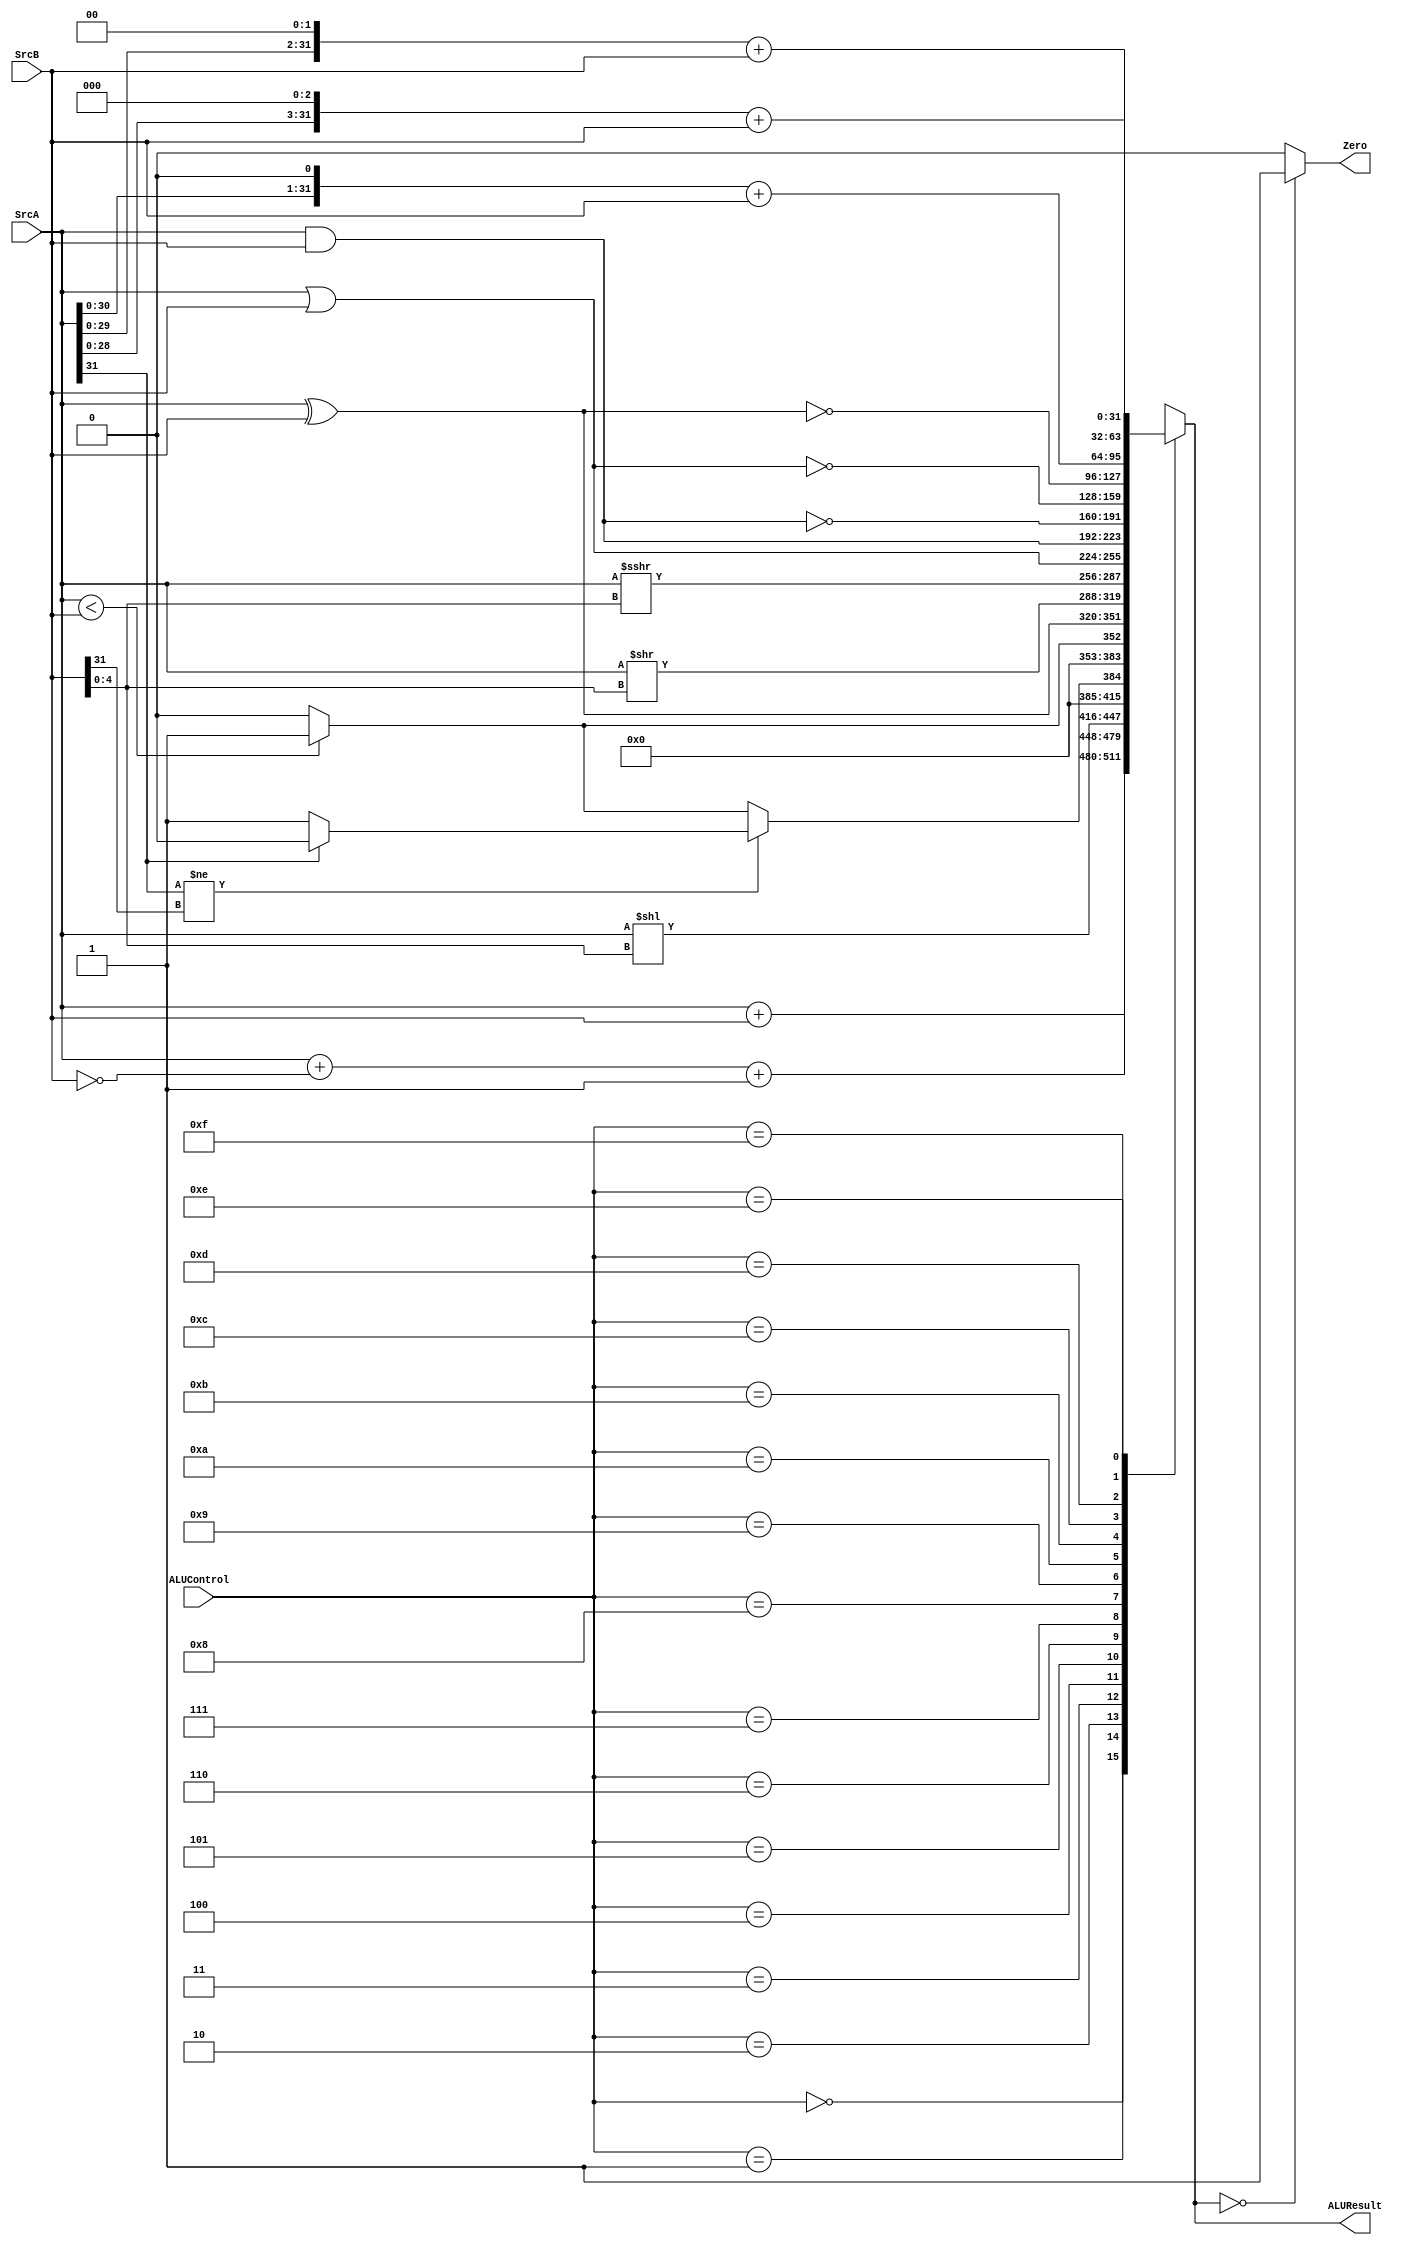
module alu(SrcA, SrcB, ALUControl, ALUResult, Zero);
	input [31:0] SrcA, SrcB;
	input [3:0] ALUControl;
	output reg [31:0] ALUResult;
	output Zero;	
	
	assign Zero = (ALUResult==0)? 1'b1 : 1'b0;
	
	always @(SrcA or SrcB or ALUControl) begin
	
		casex(ALUControl)
		4'b0000: ALUResult <= SrcA + SrcB; //addition-lw,sw,add,addi
		4'b0001: ALUResult <= SrcA + (~SrcB) + 1; //subtraction-beq,sub
		4'b0010: ALUResult <= (SrcA << SrcB[4:0]); //sll,slli
		4'b0011: if (SrcA[31] != SrcB[31]) ALUResult <= SrcA[31]? 32'd0: 32'd1; //slt,slti
					else ALUResult <= (SrcA<SrcB)? 32'd1 : 32'd0; 
		4'b0100: ALUResult <= (SrcA<SrcB)? 32'b1 : 32'b0; //sltu, sltiu
		4'b0101: ALUResult <= SrcA ^ SrcB; //xor,xori
		4'b0110: ALUResult <= (SrcA >> SrcB[4:0]);//srl, srli
		4'b0111: ALUResult <=  (SrcA >>> SrcB[4:0]);//sra, srai
		4'b1000: ALUResult <= SrcA | SrcB; //or, ori
		4'b1001: ALUResult <= SrcA & SrcB; //and,andi
		//b-extention
		
		4'b1010: ALUResult <= ~(SrcA & SrcB); //andn
		4'b1011: ALUResult <= ~(SrcA | SrcB); //ornn
		4'b1100: ALUResult <= ~(SrcA ^ SrcB); //xnor
		4'b1101: ALUResult <= (SrcA<<1) + SrcB;//sh1add
		4'b1110: ALUResult <= (SrcA<<2) + SrcB;//sh2add
		4'b1111: ALUResult <= (SrcA<<3) + SrcB;//sh3add
		

		
		default: ALUResult <= 32'd0;
		endcase
	end
	
endmodule